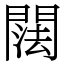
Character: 䦢